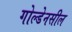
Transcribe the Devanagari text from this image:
गोल्डेनसील